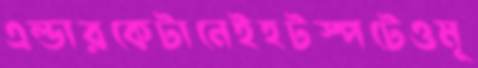
এল্ডারকেটানেইহটস্পটেওমূ